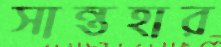
সান্তহার